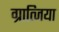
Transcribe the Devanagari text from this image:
ग्रात्जिया